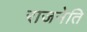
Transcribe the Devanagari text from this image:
राजनेति